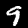
Digit: 9